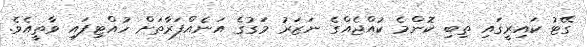
ގޭޓު ކައިރީގައި ތިބި ކޮންމެ ކުއްޖެއްގެ ނަޒަރު މަގުގެ އަނެއްފަރާތަށް ހުއްޓިފައި ވާތީއެވެ.